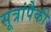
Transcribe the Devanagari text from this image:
सूत्रांपैकी